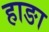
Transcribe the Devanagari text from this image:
हाङा